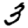
Digit: 3